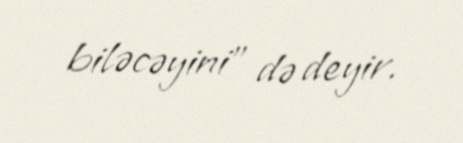
biləcəyini” də deyir.